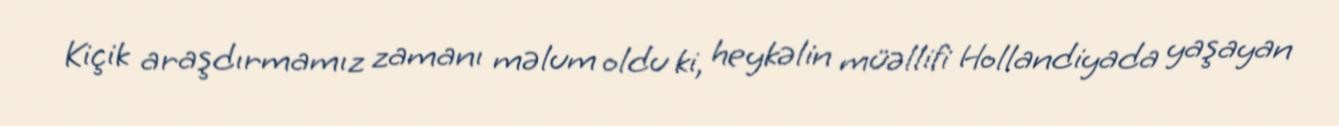
Kiçik araşdırmamız zamanı məlum oldu ki, heykəlin müəllifi Hollandiyada yaşayan